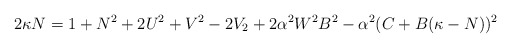
\begin{align*} 2\kappa N = 1+N^2+2U^2+V^2-2V_2 + 2\alpha^2W^2B^2-\alpha^2(C+B(\kappa-N))^2\end{align*}